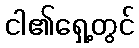
ငါ၏ရှေ့တွင်